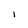
Character: i